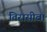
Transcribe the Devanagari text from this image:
तिरासीवां